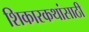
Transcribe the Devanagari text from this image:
शिकारकथांसाठी